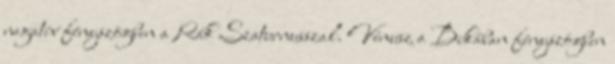
negatív fényszögben a Rák Szaturnusszal. Vénusz a Bikában fényszögben